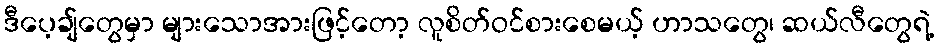
ဒီပေ့ချ်တွေမှာ များသောအားဖြင့်တော့ လူစိတ်ဝင်စားစေမယ့် ဟာသတွေ၊ ဆယ်လီတွေရဲ့